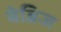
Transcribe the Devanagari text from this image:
बेब्रिज